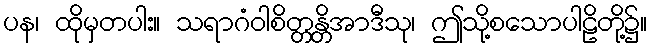
ပန၊ ထိုမှတပါး။ သရာဂံဝါစိတ္တန္တိအာဒီသု၊ ဤသို့စသောပါဠိတို့၌။